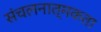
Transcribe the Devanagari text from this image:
संचलनात्मकता